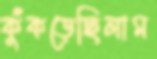
কুঁকড়েছিলাম